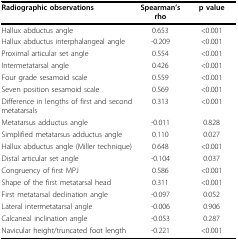
| Radiographic observations | Spearman's rho | p value |
 | --- | --- | --- |
 | Hallux abductus angle | 0.653 | <0.001 |
 | Hallux abductus interphalangeal angle | -0.209 | <0.001 |
 | Proximal articular set angle | 0.554 | <0.001 |
 | Intermetatarsal angle | 0.426 | <0.001 |
 | Four grade sesamoid scale | 0.559 | <0.001 |
 | Seven position sesamoid scale | 0.569 | <0.001 |
 | Difference in lengths of first and second metatarsals | 0.313 | <0.001 |
 | Metatarsus adductus angle | -0.011 | 0.828 |
 | Simplified metatarsus adductus angle | 0.110 | 0.027 |
 | Hallux abductus angle (Miller technique) | 0.648 | <0.001 |
 | Distal articular set angle | -0.104 | 0.037 |
 | Congruency of first MPJ | 0.586 | <0.001 |
 | Shape of the first metatarsal head | 0.311 | <0.001 |
 | First metatarsal declination angle | -0.097 | 0.052 |
 | Lateral intermetatarsal angle | -0.006 | 0.906 |
 | Calcaneal inclination angle | -0.053 | 0.287 |
 | Navicular height/truncated foot length | -0.221 | <0.001 |